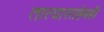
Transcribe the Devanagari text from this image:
तात्यासाहेबही